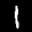
Label: 1